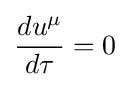
{{d{u}^{\mu }} \over {d\tau }}=0